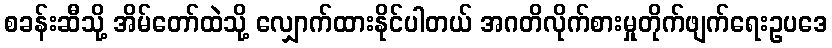
စခန်းဆီသို့ အိမ်တော်ထဲသို့ လျှောက်ထားနိုင်ပါတယ် အဂတိလိုက်စားမှုတိုက်ဖျက်ရေးဥပဒေ